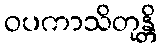
ဝပကာသိတုန္တိ